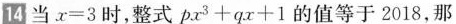
14当$$x = 3$$时,整式$$p x^{3} + q x + 1$$的值等于 2018,那